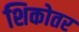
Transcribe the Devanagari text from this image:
शिकोतर